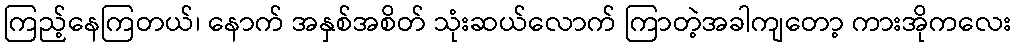
ကြည့်နေကြတယ်၊ နောက် အနှစ်အစိတ် သုံးဆယ်လောက် ကြာတဲ့အခါကျတော့ ကားအိုကလေး